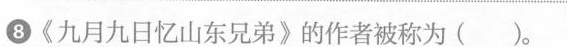
⑧\ll 九月九日忆山东兄弟\gg 的作者被称为( )。